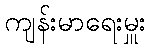
ကျန်းမာရေးမှူး